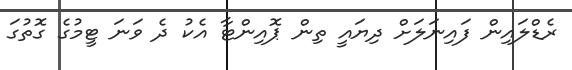
ރެޑްލައިން ފައިނަލަށް ދިޔައީ ތިން ޕޮއިންޓާ އެކު ދެ ވަނަ ޓީމުގެ ގޮތުގަ